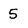
Character: 5